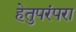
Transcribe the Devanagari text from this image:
हेतुपरंपरा